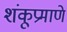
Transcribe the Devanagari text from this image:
शंकूप्रमाणे